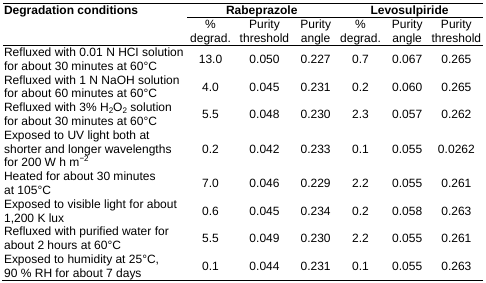
<table><thead><tr><td><b>Degradation conditions</b></td><td colspan="3"><b>Rabeprazole</b></td><td colspan="3"><b>Levosulpiride</b></td></tr><tr><td></td><td><b>% degrad.</b></td><td><b>Purity threshold</b></td><td><b>Purity angle</b></td><td><b>% degrad.</b></td><td><b>Purity angle</b></td><td><b>Purity threshold</b></td></tr></thead><tbody><tr><td>Refluxed with 0.01 N HCI solution for about 30 minutes at 60°C</td><td>13.0</td><td>0.050</td><td>0.227</td><td>0.7</td><td>0.067</td><td>0.265</td></tr><tr><td>Refluxed with 1 N NaOH solution for about 60 minutes at 60°C</td><td>4.0</td><td>0.045</td><td>0.231</td><td>0.2</td><td>0.060</td><td>0.265</td></tr><tr><td>Refluxed with 3% H<sub>2</sub>O<sub>2</sub> solution for about 30 minutes at 60°C</td><td>5.5</td><td>0.048</td><td>0.230</td><td>2.3</td><td>0.057</td><td>0.262</td></tr><tr><td>Exposed to UV light both at shorter and longer wavelengths for 200 W h m<sup>−2</sup></td><td>0.2</td><td>0.042</td><td>0.233</td><td>0.1</td><td>0.055</td><td>0.0262</td></tr><tr><td>Heated for about 30 minutes at 105°C</td><td>7.0</td><td>0.046</td><td>0.229</td><td>2.2</td><td>0.055</td><td>0.261</td></tr><tr><td>Exposed to visible light for about 1,200 K lux</td><td>0.6</td><td>0.045</td><td>0.234</td><td>0.2</td><td>0.058</td><td>0.263</td></tr><tr><td>Refluxed with purified water for about 2 hours at 60°C</td><td>5.5</td><td>0.049</td><td>0.230</td><td>2.2</td><td>0.055</td><td>0.261</td></tr><tr><td>Exposed to humidity at 25°C, 90 % RH for about 7 days</td><td>0.1</td><td>0.044</td><td>0.231</td><td>0.1</td><td>0.055</td><td>0.263</td></tr></tbody></table>